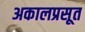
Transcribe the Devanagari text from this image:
अकालप्रसूत